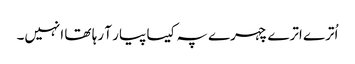
اُترے اترے چہرے پہ کیسا پیار آ رہا تھا انہیں۔